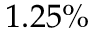
1 . 2 5 \%